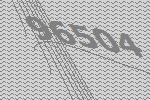
96504